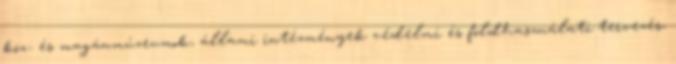
köz- és magánmúzeumok, állami intézmények védelmi és földhasználati tervezés,